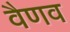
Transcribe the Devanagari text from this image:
वैणव